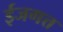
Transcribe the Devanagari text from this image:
ईजगत्त